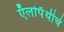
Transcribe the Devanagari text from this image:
ऍलोपॅथीचे